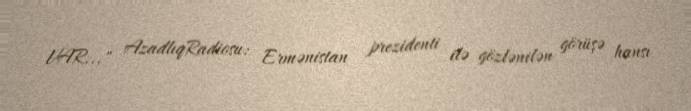
VAR..." AzadlıqRadiosu: Ermənistan prezidenti ilə gözlənilən görüşə hansı